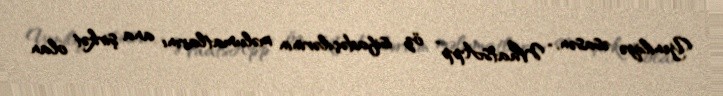
Yeniliyə əsasən, “WhatsApp” öz isifadəçilərinin məlumatlarını ana şirkət olan